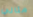
مثالي